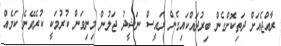
ރާއްޖެއަށް ދަތިކޮށްގެން ބިރުދައްކައިގެން ރައީސް ނަޝީދު ޖަލުން މިނިވަން ކުރުމަކީ ކުރެވޭނެ ކަމެއް